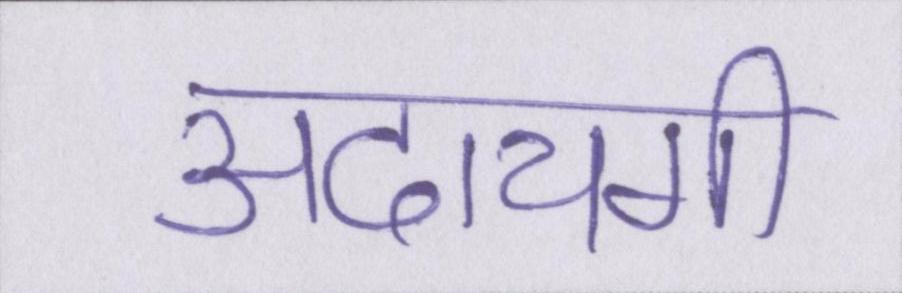
अदायगी